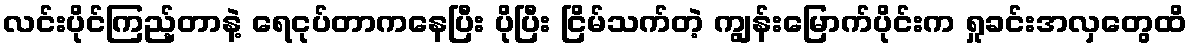
လင်းပိုင်ကြည့်တာနဲ့ ရေငုပ်တာကနေပြီး ပိုပြီး ငြိမ်သက်တဲ့ ကျွန်းမြောက်ပိုင်းက ရှုခင်းအလှတွေထိ